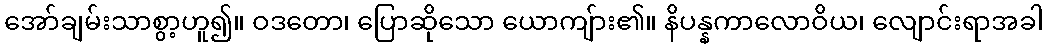
အော်ချမ်းသာစွာ့ဟူ၍။ ဝဒတော၊ ပြောဆိုသော ယောကျ်ား၏။ နိပန္နကာလောဝိယ၊ လျောင်းရာအခါ